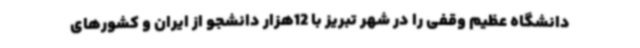
دانشگاه عظیم وقفی را در شهر تبریز با 12هزار دانشجو از ایران و کشورهای